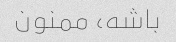
باشه، ممنون